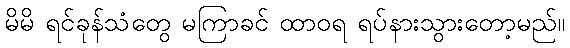
မိမိ ရင်ခုန်သံတွေ မကြာခင် ထာဝရ ရပ်နားသွားတော့မည်။